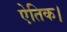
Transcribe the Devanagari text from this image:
ऐतिक।